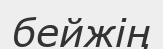
бейжің